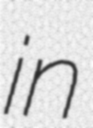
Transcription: in